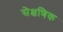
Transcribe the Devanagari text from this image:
सेक्षणिक